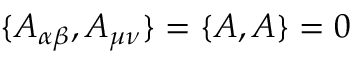
\{ A _ { \alpha \beta } , A _ { \mu \nu } \} = \{ { \cal { A } } , { \cal { A } } \} = 0